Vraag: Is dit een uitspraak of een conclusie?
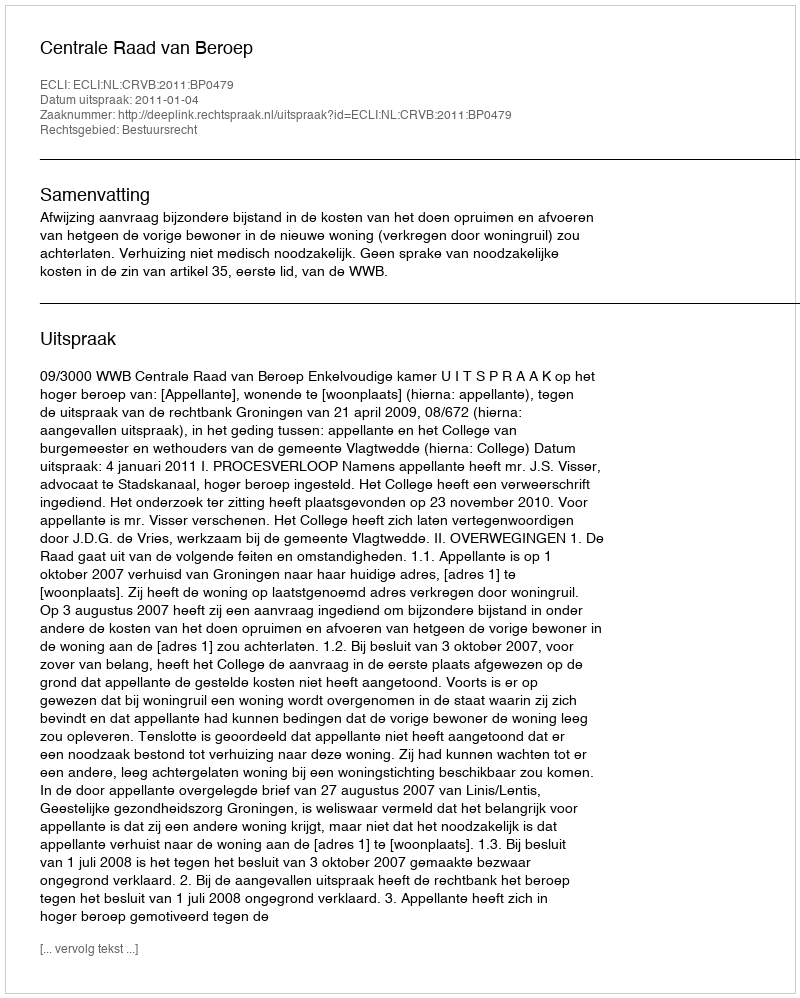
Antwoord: Uitspraak